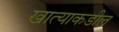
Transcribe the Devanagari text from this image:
खात्याकडील